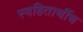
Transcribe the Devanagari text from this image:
स्वहितार्थीच